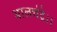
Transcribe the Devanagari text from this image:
भालचंद्रे।।